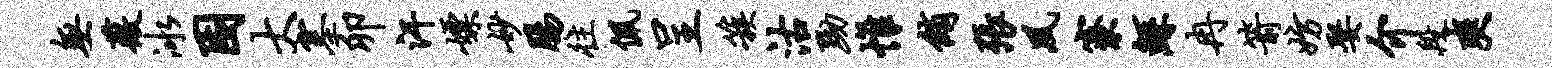
无薇冰困大塞卯汗嫖妙肠往佩呈簇沽黝帷绡张夙寮鲧冉箭妨娶介段爽